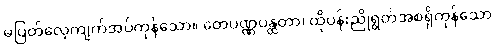
မပြတ်လေ့ကျက်အပ်ကုန်သော။ တေပဏ္ဏပန္ထတာ၊ ထိုပန်းညိုရွတ်အစရှိကုန်သော